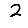
Digit: 2